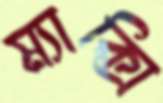
ম্যাক্সি